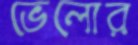
ভেলোর